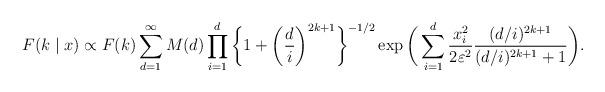
LaTeX: \begin{align*}F(k\mid x)\propto F(k)\sum_{d=1}^{\infty}M(d)\prod_{i=1}^{d}\bigg{\{} 1+ \bigg{(}\frac{d}{i}\bigg{)}^{2k+1} \bigg{\}}^{-1/2}\exp\bigg{(} \sum_{i=1}^{d}\frac{x^{2}_{i}}{2\varepsilon^{2}}\frac{(d/i)^{2k+1}}{(d/i)^{2k+1}+1}\bigg{)}.\end{align*}